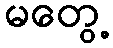
မတွေ့